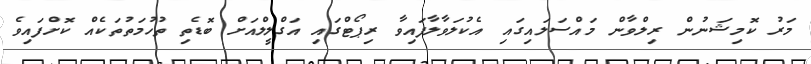
މަރު ކޮމިޝަނުން ރިލްވާން މައްސަލައިގައި އެކުލަވާލާފައިވާ ރިޕޯޓްގައި އަގްލީލްއަށް ބޮޑެތި ތުހުމަތުތަކެއް ކޮށްފައިވެ